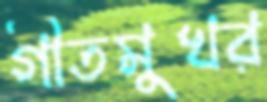
গীতমুখর